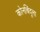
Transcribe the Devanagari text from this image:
कोनबिंदूला